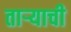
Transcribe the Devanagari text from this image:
ताऱ्‍याची